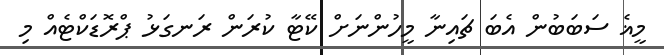
މީޣެ ސަބަބުން އެބަ ޗައިނާ މީހުންނަށް ކޭޓާ ކުރަން ރަނގަޅު ޕްރޮޑަކްޓެއް މި